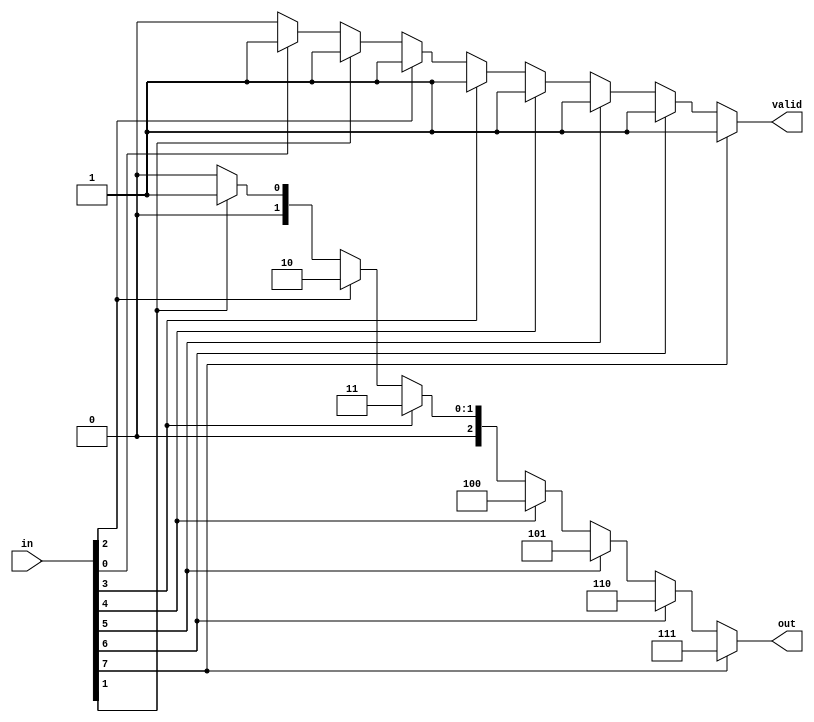
module priority_8bit_encoder(in, out, valid);
	input [7:0]in;
	output reg [2:0]out;
	output reg valid;
	
	always@(in)
	begin
		if (in[7] == 1'b1)
		begin
			out = 3'd7;
			valid = 1'b1;
		end
		else if (in[6] == 1'b1)
		begin
			out = 3'd6;
			valid = 1'b1;
		end
		else if (in[5] == 1'b1)
		begin
			out = 3'd5;
			valid = 1'b1;
		end
		else if (in[4] == 1'b1)
		begin
			out = 3'd4;
			valid = 1'b1;
		end
		else if (in[3] == 1'b1)
		begin
			out = 3'd3;
			valid = 1'b1;
		end
		else if (in[2] == 1'b1)
		begin
			out = 3'd2;
			valid = 1'b1;
		end
		else if (in[1] == 1'b1)
		begin
			out = 3'd1;
			valid = 1'b1;
		end
		else if (in[0] == 1'b1)
		begin
			out = 3'd0;
			valid = 1'b1;
		end
		else
		begin
			out = 3'd0;
			valid = 1'b0;
		end
	end
endmodule